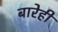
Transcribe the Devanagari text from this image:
बारेही